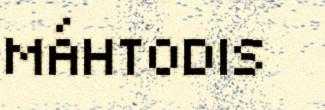
MÁHTODIS